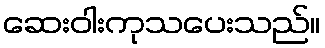
ဆေးဝါးကုသပေးသည်။